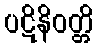
ပဋိနိဝတ္တိ